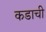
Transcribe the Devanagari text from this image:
कडाची